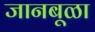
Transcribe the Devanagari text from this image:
जानबूळा